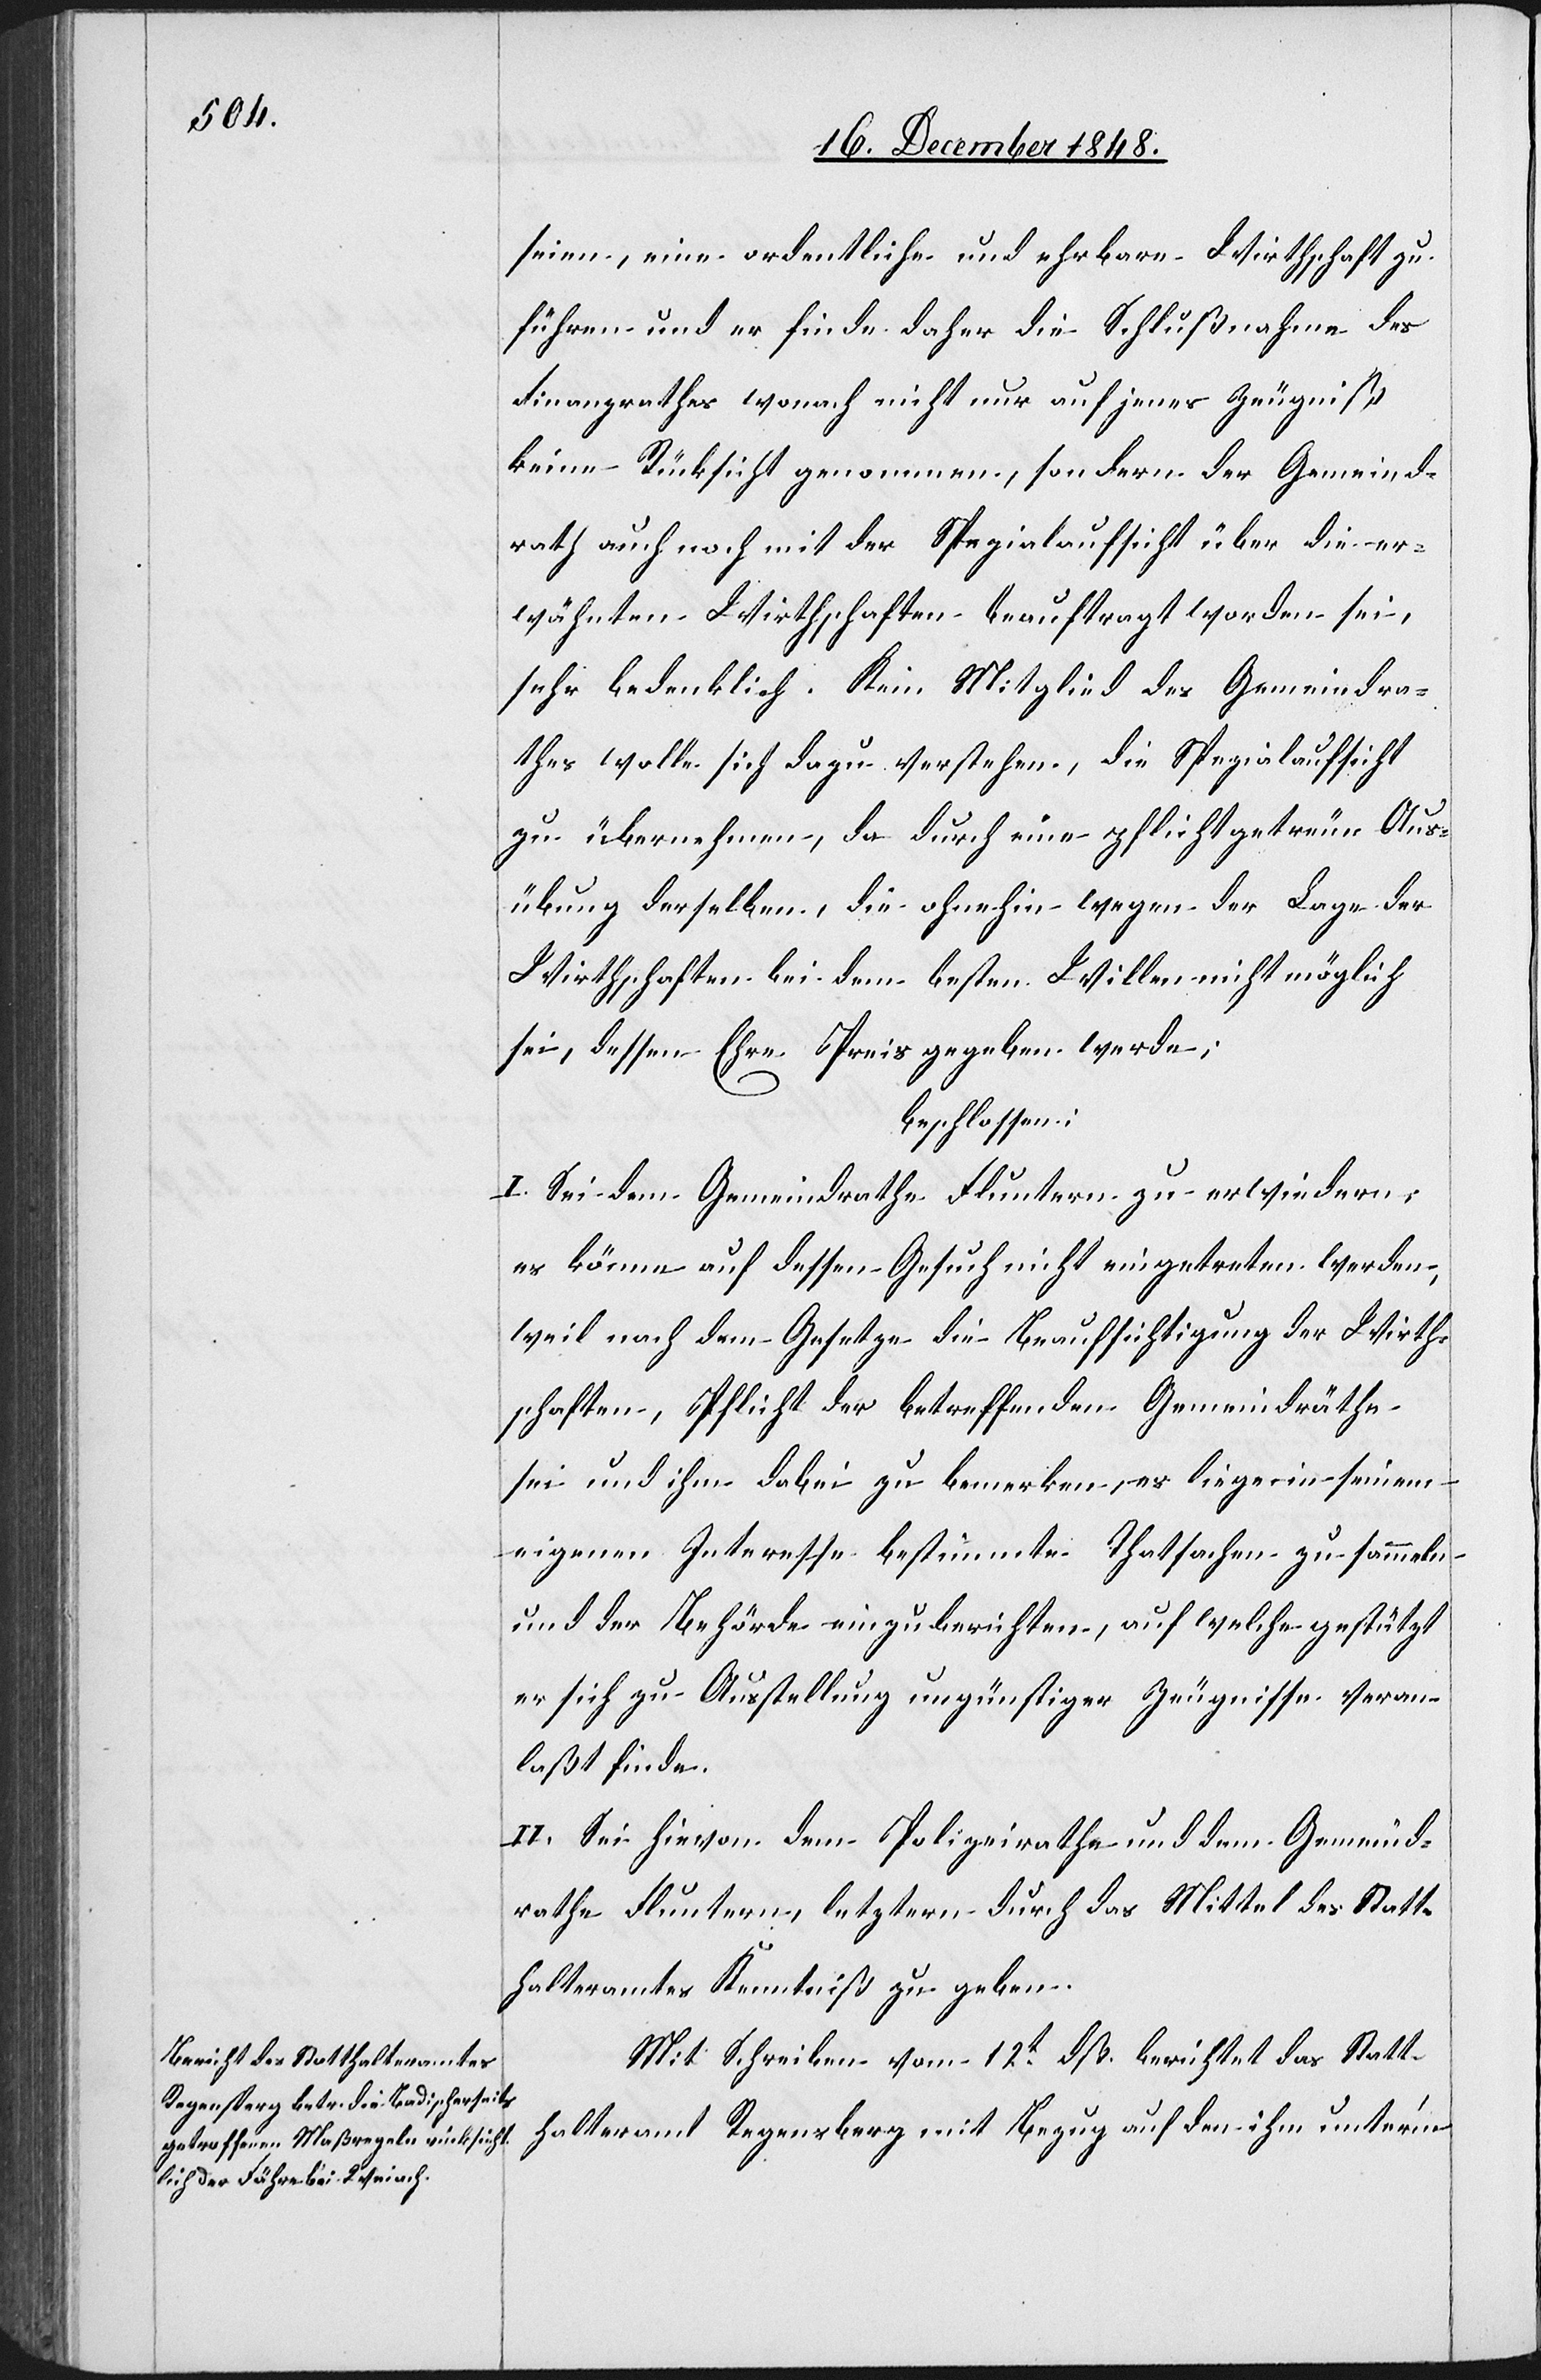
seien, eine ordentliche und ehrbare Wirthschaft zu
führen und er finde daher die Schlußnahme des
Finanzrathes wonach nicht nur auf jenes Zeugniß
keine Rücksicht genommen, sondern der Gemeind¬
rath auch noch mit der Spezialaufsicht über die er¬
wähnten Wirthschaften beauftragt worden sei,
sehr bedenklich. Kein Mitglied des Gemeindra¬
thes wolle sich dazu verstehen, die Spezialaufsicht
zu übernehmen, da durch eine pflichtgetreue Aus¬
übung derselben, die ohnehin wegen der Lage der
Wirthschaften bei dem besten Willen nicht möglich
sei, dessen Ehre Preis gegeben werde;
beschlossen:
I. Sei dem Gemeindrathe Fluntern zu erwiedern:
es könne auf dessen Gesuch nicht eingetreten werden,
weil nach dem Gesetze die Beaufsichtigung der Wirth¬
schaften, Pflicht der betreffenden Gemeindräthe
sei und ihm dabei zu bemerken, es liege in seinem
eigenen Interesse bestimmte Thatsachen zu sammeln
und der Behörde einzuberichten, auf welche gestützt
er sich zu Ausstellung ungünstiger Zeugnisse veran¬
laßt finde.
II. Sei hievon dem Polizeirathe und dem Gemeind¬
rathe Fluntern, letztern durch das Mittel des Statt¬
halteramtes Kenntniß zu geben.
Mit Schreiben vom 12t dß. berichtet das Statt¬
halteramt Regensberg mit Bezug auf den ihm unter’m